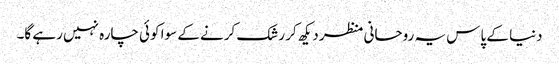
دنیا کے پاس یہ روحانی منظر دیکھ کر رشک کرنے کے سوا کوئی چارہ نہیں رہے گا۔